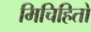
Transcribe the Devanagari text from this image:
मिचिहितो